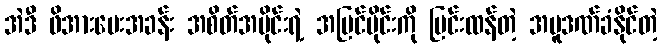
အဲဒီ ဖိအားပေးအခန်း အစိတ်အပိုင်းရဲ့ အပြင်ပိုင်းကို ပြင်းထန်တဲ့ အပူဒဏ်ခံနိုင်တဲ့